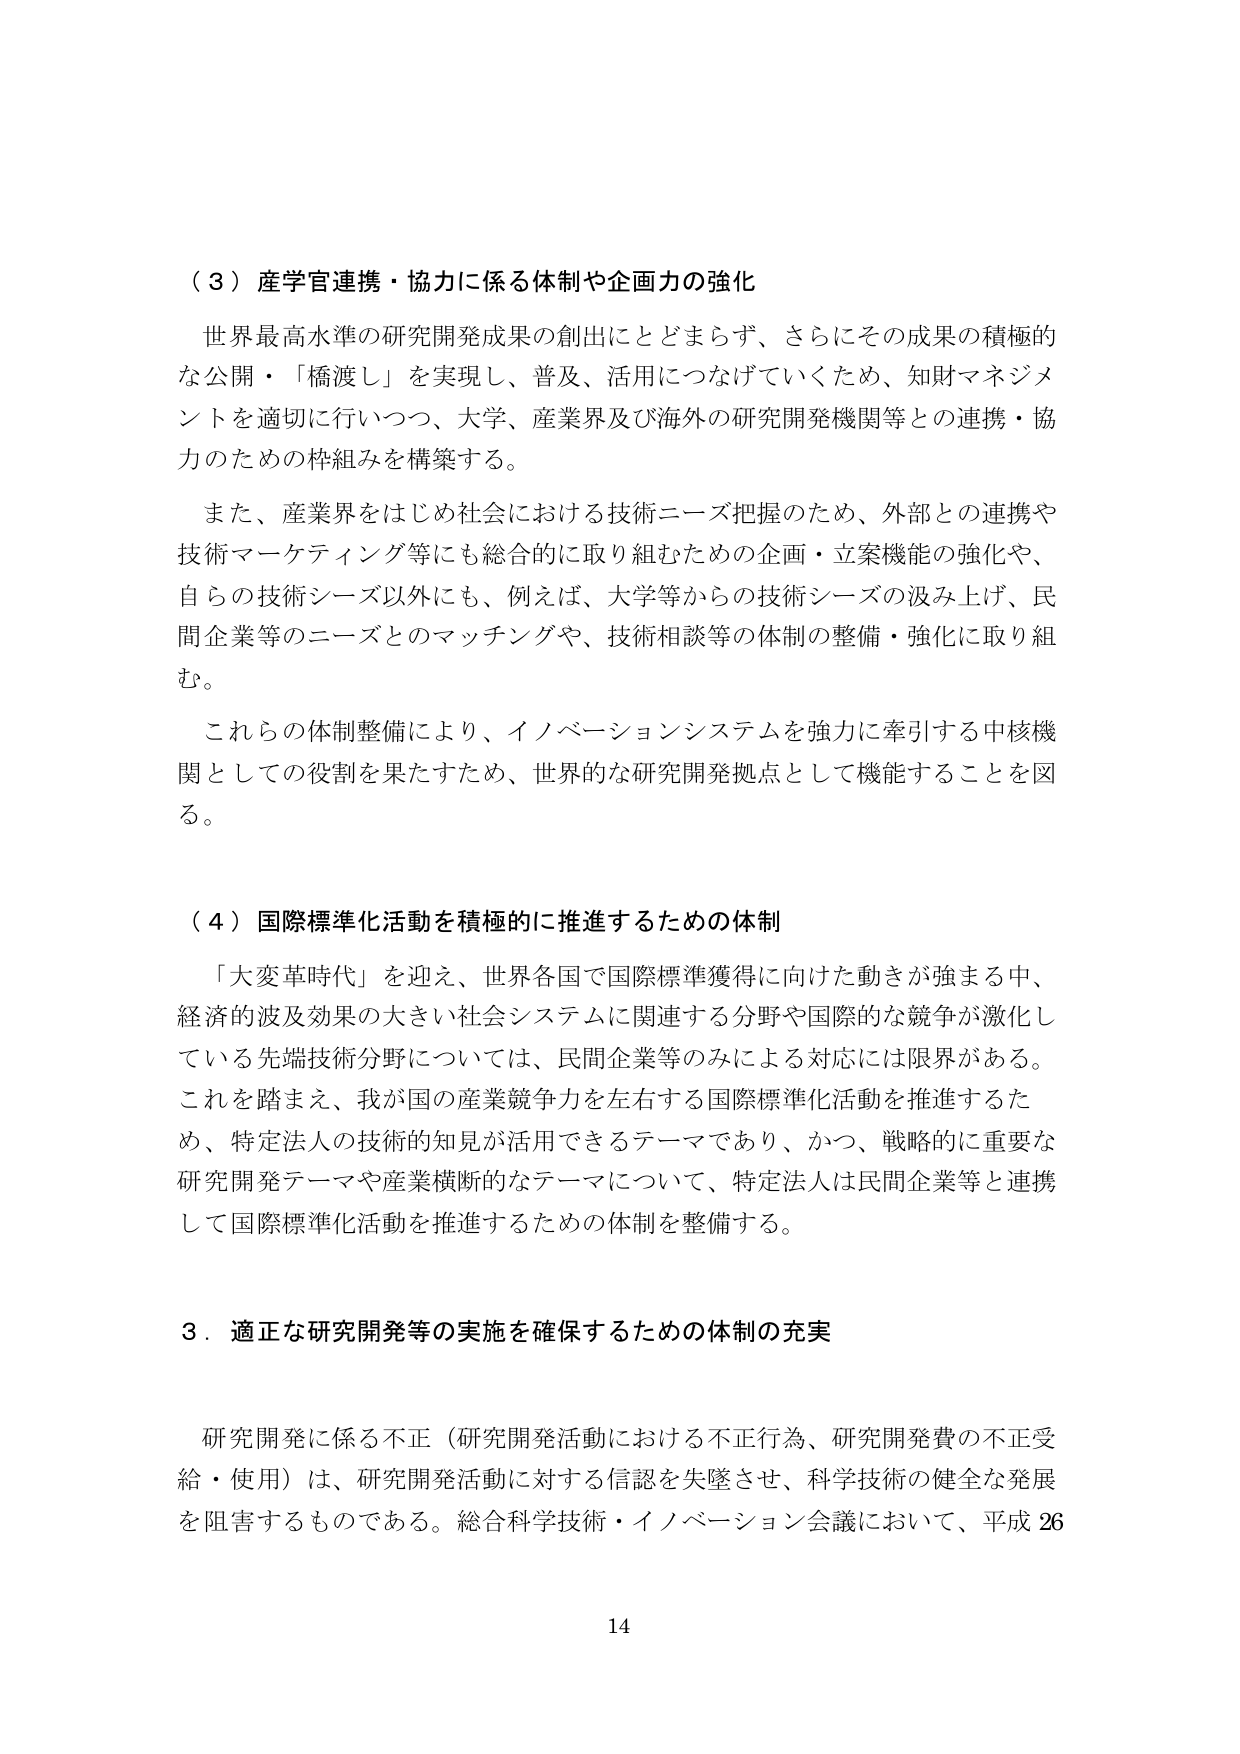
（３）産学官連携・協力に係る体制や企画力の強化

世界最高水準の研究開発成果の創出にとどまらず、さらにその成果の積極的な公開・「橋渡し」を実現し、普及、活用につなげていくため、知財マネジメントを適切に行いつつ、大学、産業界及び海外の研究開発機関等との連携・協力のための枠組みを構築する。

また、産業界をはじめ社会における技術ニーズ把握のため、外部との連携や技術マーケティング等にも総合的に取り組むための企画・立案機能の強化や、自らの技術シーズ以外にも、例えば、大学等からの技術シーズの汲み上げ、民間企業等のニーズとのマッチングや、技術相談等の体制の整備・強化に取り組む。

これらの体制整備により、イノベーションシステムを強力に牽引する中核機関としての役割を果たすため、世界的な研究開発拠点として機能することを図る。

（４）国際標準化活動を積極的に推進するための体制

「大変革時代」を迎え、世界各国で国際標準獲得に向けた動きが強まる中、経済的波及効果の大きい社会システムに関連する分野や国際的な競争が激化している先端技術分野については、民間企業等のみによる対応には限界がある。これを踏まえ、我が国の産業競争力を左右する国際標準化活動を推進するため、特定法人の技術的知見が活用できるテーマであり、かつ、戦略的に重要な研究開発テーマや産業横断的なテーマについて、特定法人は民間企業等と連携して国際標準化活動を推進するための体制を整備する。

３．適正な研究開発等の実施を確保するための体制の充実

研究開発に係る不正（研究開発活動における不正行為、研究開発費の不正受給・使用）は、研究開発活動に対する信認を失墜させ、科学技術の健全な発展を阻害するものである。総合科学技術・イノベーション会議において、平成26

14